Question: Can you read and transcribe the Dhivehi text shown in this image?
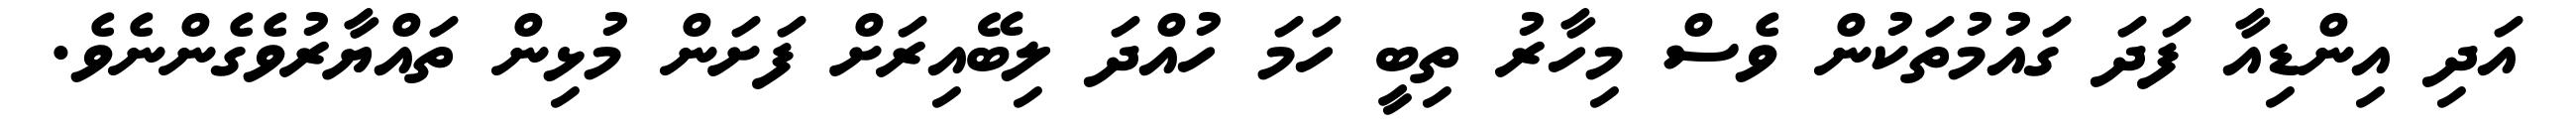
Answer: އަދި އިންޑިއާ ފަދަ ގައުމުތަކުން ވެސް މިހާރު ތިބީ ހަމަ ހުއްދަ ލިބޭއިރަށް ފަށަން މުޅިން ތައްޔާރުވެގެންނެވެ.